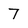
Character: 7